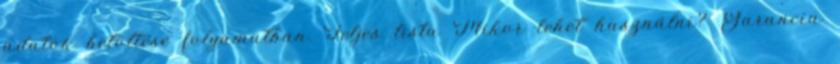
adatok betöltése folyamatban. Teljes lista Mikor lehet használni? Garancia